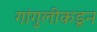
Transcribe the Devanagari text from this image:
गांगुलीकडून